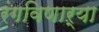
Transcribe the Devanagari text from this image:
रंगविणाऱ्या